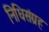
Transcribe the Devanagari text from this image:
निधिसंग्रह